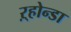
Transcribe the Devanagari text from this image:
ऱ्होन्डा